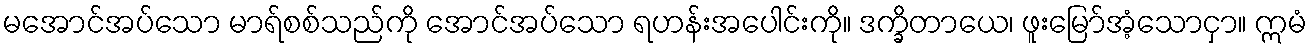
မအောင်အပ်သော မာရ်စစ်သည်ကို အောင်အပ်သော ရဟန်းအပေါင်းကို။ ဒက္ခိတာယေ၊ ဖူးမြော်အံ့သောငှာ။ ဣမံ